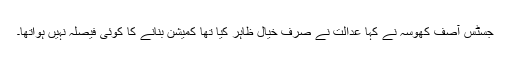
جسٹس آصف کھوسہ نے کہا عدالت نے صرف خیال ظاہر کیا تھا کمیشن بنانے کا کوئی فیصلہ نہیں ہواتھا۔